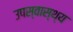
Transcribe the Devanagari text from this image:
उपस्‍वास्‍थ्‍य